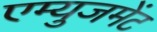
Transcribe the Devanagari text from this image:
एम्‍युजमेंट